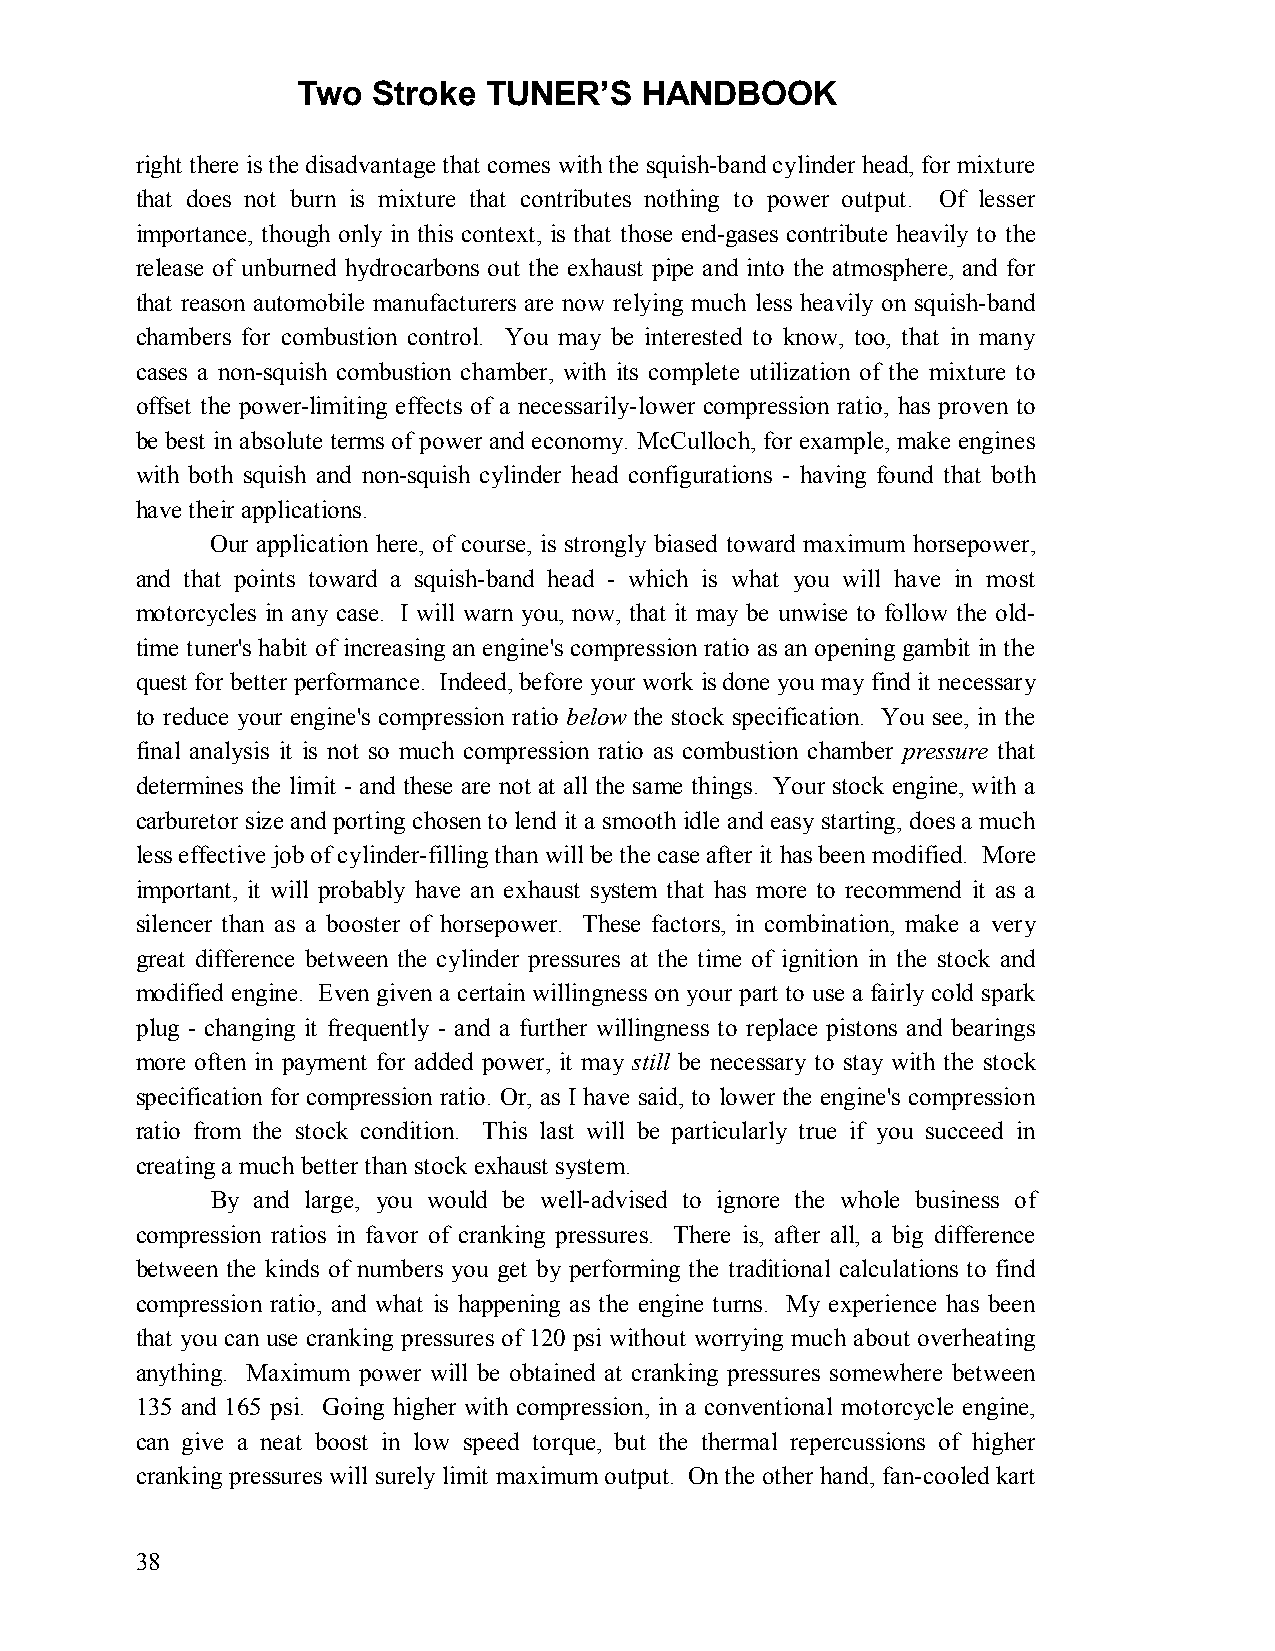
Two  Stroke TUNER’S   HANDBOOK
 right there is the disadvantage that comes with the squish-band cylinder head, for mixture
 that does not burn is mixture that contributes nothing to power output. Of lesser
 importance, though only in this context, is that those end-gases contribute heavily to the
 release of unburned hydrocarbons out the exhaust pipe and into the atmosphere, and for
 that reason automobile manufacturers are now relying much less heavily on squish-band
 chambers for combustion control. You may be interested to know, too, that in many
 cases a non-squish combustion chamber, with its complete utilization of the mixture to
 offset the power-limiting effects of a necessarily-lower compression ratio, has proven to
 be best in absolute terms of power and economy. McCulloch, for example, make engines
 with both squish and non-squish cylinder head configurations - having found that both
 have their applications.
 Our application here, of course, is strongly biased toward maximum horsepower,
 and that points toward a squish-band head - which is what you will have in most
 motorcycles in any case. I will warn you, now, that it may be unwise to follow the old-
 time tuner's habit of increasing an engine's compression ratio as an opening gambit in the
 quest for better performance. Indeed, before your work is done you may find it necessary
 to reduce your engine's compression ratio below the stock specification. You see, in the
 final analysis it is not so much compression ratio as combustion chamber pressure that
 determines the limit - and these are not at all the same things. Your stock engine, with a
 carburetor size and porting chosen to lend it a smooth idle and easy starting, does a much
 less effective job of cylinder-filling than will be the case after it has been modified. More
 important, it will probably have an exhaust system that has more to recommend it as a
 silencer than as a booster of horsepower. These factors, in combination, make a very
 great difference between the cylinder pressures at the time of ignition in the stock and
 modified engine. Even given a certain willingness on your part to use a fairly cold spark
 plug - changing it frequently - and a further willingness to replace pistons and bearings
 more often in payment for added power, it may still be necessary to stay with the stock
 specification for compression ratio. Or, as I have said, to lower the engine's compression
 ratio from the stock condition. This last will be particularly true if you succeed in
 creating a much better than stock exhaust system.
 By and large, you would be well-advised to ignore the whole business of
 compression ratios in favor of cranking pressures. There is, after all, a big difference
 between the kinds of numbers you get by performing the traditional calculations to find
 compression ratio, and what is happening as the engine turns. My experience has been
 that you can use cranking pressures of 120 psi without worrying much about overheating
 anything. Maximum power will be obtained at cranking pressures somewhere between
 135 and 165 psi. Going higher with compression, in a conventional motorcycle engine,
 can give a neat boost in low speed torque, but the thermal repercussions of higher
 cranking pressures will surely limit maximum output. On the other hand, fan-cooled kart
 38